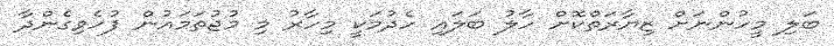
ބަލި މީހުންނަށް ޒިޔާރަތްކޮށް ހާލު ބަލައި ހެދުމަކީ މިހާރު މި މުޖުތަމައުން ފުހެވިގެންދާ